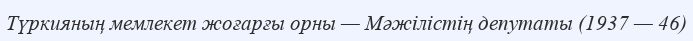
Түркияның мемлекет жоғарғы орны — Мәжілістің депутаты (1937 — 46)